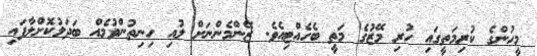
މީހުންގެ ކުރިމަތީގައި ހުރި މޭޒުގެ މަތީ ބެހެއްޓިއެވެ. ޒޭންމެންނަށް ލުއި ހިނިތުންވުމެއް ބަދަލުކޮށްލާފައި